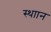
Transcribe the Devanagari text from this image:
स्थाान